Indian journal of veterinary science and animal husbandry - Volume 13,
Year: 1943
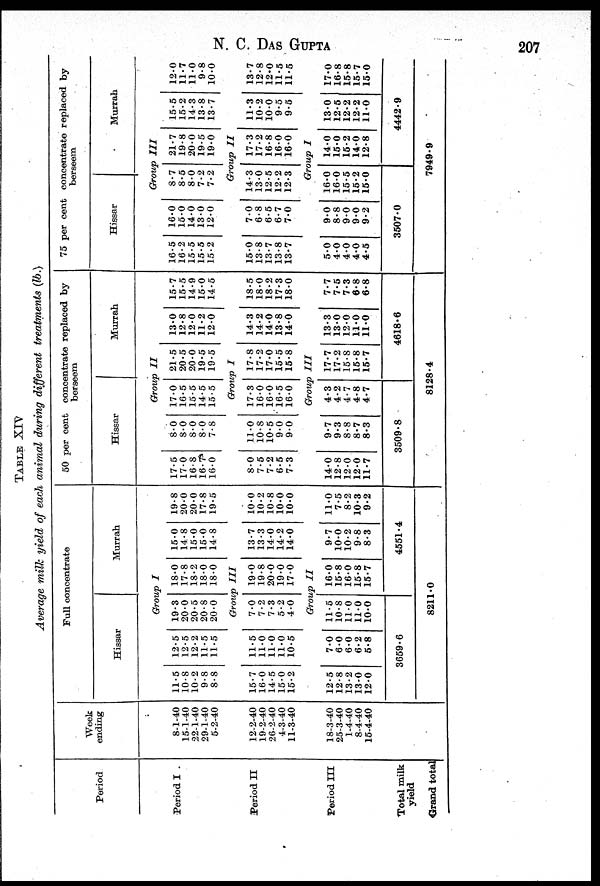
N.
C.
DAS
GUPTA
207
TABLE XIV
Average milk yield of each animal during different treatments (lb.)
Period
Period I .
Period II
Period III
Total milk
yield
Grand total
Week
ending
8-1-40
15-1-40
22-1-40
29-1-40
5-2-40
12-2-40
19-2-40
26-2-40
4-3-40
11-3-40
18-3-40
25-3-40
1-4-40
8-4-40
15-4-40
Full concentrate
Hissar
Murrah
Group I
11.5
10.8
10.2
9.8
8.8
12.5
12.5
12.2
11.5
11.5
19.3
20.0
20.5
20.8
20.0
18.0
17.8
18.2
18.0
18.0
15.0
14.8
15.0
15.0
14.8
19.8
20.0
20.0
17.8
19.5
Group III
15.7
16.0
14.5
15.0
15.2
11.5
11.0
11.0
11.0
10.5
7.0
7.2
7.3
5.2
4.0
19.0
19.8
20.0
19.0
17.0
13.7
13.3
14.0
14.2
14.0
10.0
10.2
10.8
10.0
10.0
Group II
12.5
12.8
13.2
13.0
12.0
7.0
6.0
6.0
6.2
5.8
11.5
10.8
11.0
11.0
10.0
3659.6
16.0
15.8
16.0
15.8
15.7
9.7
10.0
10.2
9.8
8.3
11.0
7.5
8.2
10.3
9.2
4551.4
8211.0
50 per cent concentrate replaced by
bersweem
Hissar
Murrah
Group II
17.5
17.0
16.8
16.7
16.0
8.0
8.0
8.0
8.0
7.8
17.0
16.5
15.5
14.5
15.5
21.5
20.5
20.0
19.5
19.5
13.0
12.8
12.0
11.2
12.0
15.7
15.5
14.9
150
14.5
Group I
8.0
7.5
7.2
6.5
7.3
11.0
10.8
10.5
9.0
9.0
17.3
16.0
16.0
16.5
16.0
17.8
17.2
17.0
15.5
15.8
14.3
14.2
14.0
13.8
14.0
18.5
18.0
18.2
17.3
18.0
Group III
14.0
12.8
12.0
12.0
11.7
9.7
9.3
8.8
8.7
8.3
4.3
4.2
4.7
4.8
4.7
3509.8
17.7
17.2
15.8
15.8
15.7
13.3
130
12.0
11.0
11.0
7.7
7.5
7.3
6.8
6.8
4618.6
8128.4
75 per cent concentrate replaced by
berseem
Hissar
Murrah
Group III
16.5
16.2
15.5
15.5
15.2
16.0
15.0
14.0
13.0
12.0
8.7
8.5
8.0
7.2
7.2
21.7
19.8
20.0
19.5
19.0
15.5
15.2
14.3
13.8
13.7
12.0
11.7
11.0
9.8
10.0
Group II
15.0
13.8
13.7
13.8
13.7
7.0
6.8
6.5
6.7
7.0
14.3
13.0
12.5
12.2
12.3
17.3
17.2
16.8
16.0
16.0
11.3
10.2
10.0
9.5
9.5
13.7
12.8
12.0
11.5
11.5
Group I
5.0
4.0
4.0
4.0
4.5
9.0
8.8
9.0
9.0
9.2
16.0
16.0
15.5
15.2
15.0
3507.0
14.0
15.0
15.2
14.0
12.8
13.0
12.5
12.2
12.2
11.0
17.0
16.8
15.8
15.7
15.0
4442.9
7949.9